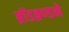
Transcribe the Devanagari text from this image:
ब्रॉडब्रण्डने